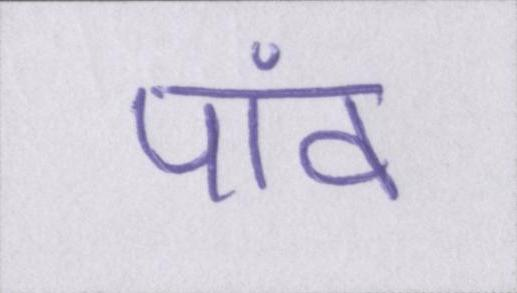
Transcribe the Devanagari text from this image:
पांव